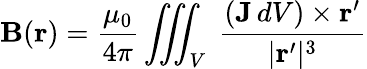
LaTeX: \mathbf{B}(\mathbf{r})={\frac{\mu_{0}}{4\pi}}\iiint_{V}\ {\frac{(\mathbf{J}\, dV)\times\mathbf{r}^{\prime}}{|\mathbf{r}^{\prime}|^{3}}}